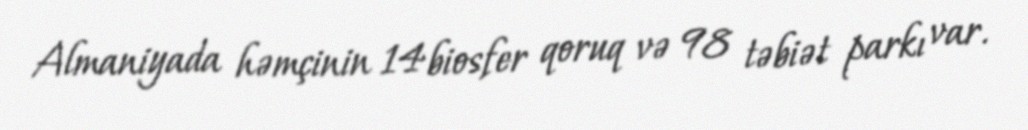
Almaniyada həmçinin 14 biosfer qoruq və 98 təbiət parkı var.